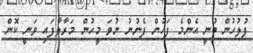
ފުލުހުން ބުނީ އެންމެ ފަހުން ފެނުނު ނުވަ މީހުުން މަރާލާފައި ވަނީ ކޮން